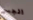
الجسر